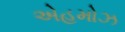
એહમોઝ